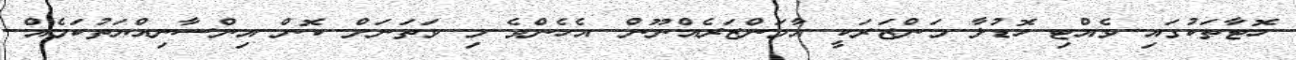
ހޮޓާތަކުގައި ވެއްޓި ހޮޑުލާ މަންޒަރަކީ އާމަންޒަރެއްނޫން. އެހެންވެ މި ވަތަނަށް ކޮން އިންސާނިއްޔަތުކަމެއް